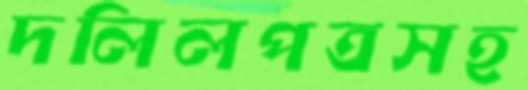
দলিলপত্রসহ